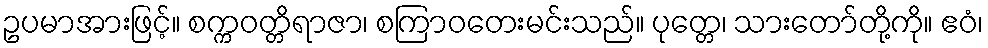
ဥပမာအားဖြင့်။ စက္ကဝတ္တိရာဇာ၊ စကြာဝတေးမင်းသည်။ ပုတ္တေ၊ သားတော်တို့ကို။ ဧဝံ၊